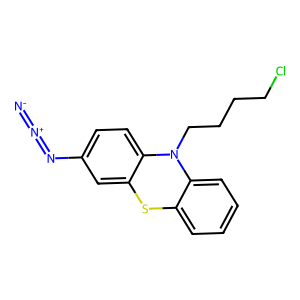
SMILES: [N-]=[N+]=Nc1ccc2c(c1)Sc1ccccc1N2CCCCCl
Inhibits HIV replication: No